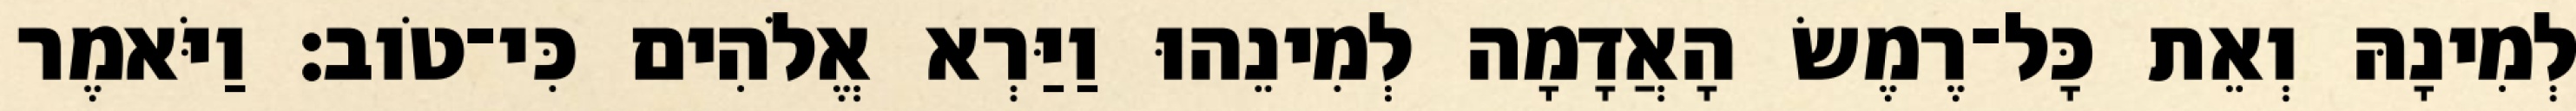
לְמִינָהּ וְאֵת כָּל־רֶמֶשׂ הָאֲדָמָה לְמִינֵהוּ וַיַּרְא אֱלֹהִים כִּי־טֹוב׃ וַיֹּאמֶר